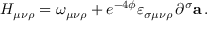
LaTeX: H _ { \mu \nu \rho } = \omega _ { \mu \nu \rho } + e ^ { - 4 \phi } \varepsilon _ { \sigma \mu \nu \rho } \, \partial ^ { \sigma } { \bf a } \, .